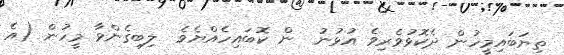
ތިޔަބައިމީހުން ދެކޮޅުވެރިވެ އުޅުނު  ން ކޮބައިހެއްޔެވެ  ލިބިގެންވާ މީހުން (އެ